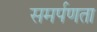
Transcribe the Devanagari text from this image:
समर्पणता